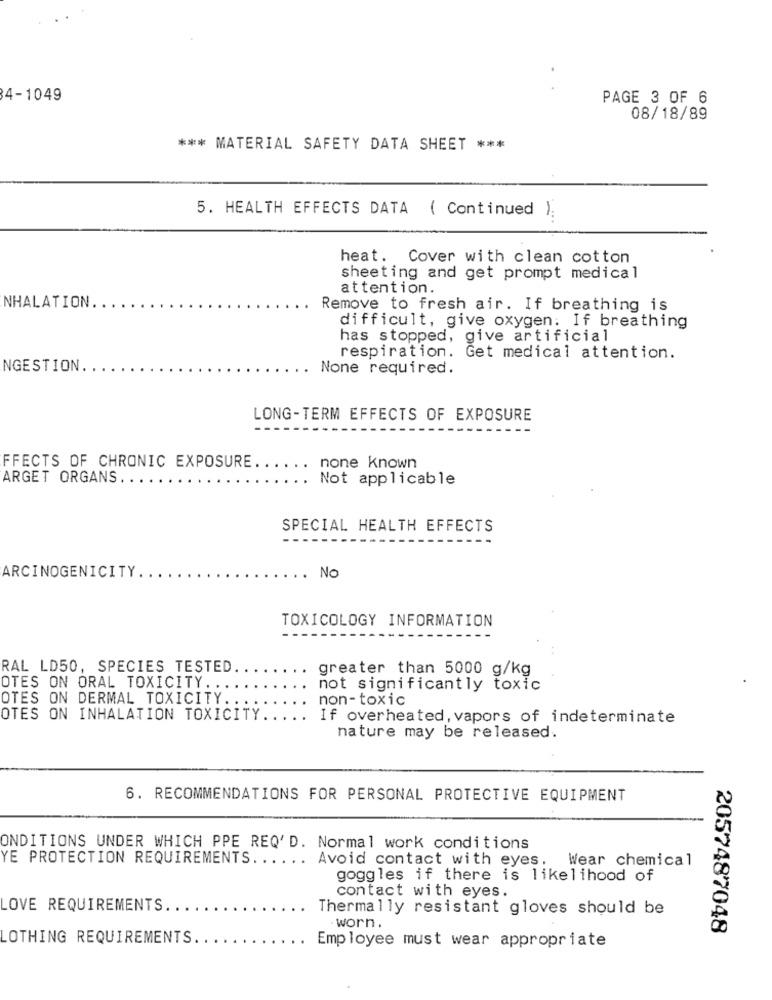
4-1049
PAGE 3 OF 6
08/18/89
*** MATERIAL SAFETY DATA SHEET ***
5. HEALTH EFFECTS DATA ( Continued ).
heat. Cover with clean cotton
sheeting and get prompt medical
attention.
NHALATION.
Remove to fresh air. If breathing is
difficult, give oxygen: If breathing
has stopped, give artificial
respiration. Get medical attention.
NGESTION.
None required.
LONG-TERM EFFECTS OF EXPOSURE
FFECTS OF CHRONIC EXPOSURE.
none known
ARGET ORGANS ....
Not applicable
SPECIAL HEALTH EFFECTS
ARCINOGENICITY ..
No
TOXICOLOGY INFORMATION
RAL LD50, SPECIES TESTED
greater than 5000 g/kg
OTES ON ORAL TOXICITY.
not significantly toxic
OTES ON DERMAL TOXICITY ..
non-toxic
OTES ON INHALATION TOXICITY.
If overheated, vapors of indeterminate
nature may be released.
6. RECOMMENDATIONS FOR PERSONAL PROTECTIVE EQUIPMENT
ONDITIONS UNDER WHICH PPE REQ'D. Normal work conditions
YE PROTECTION REQUIREMENTS ...... Avoid contact with eyes.
Wear chemical
goggles if there is likelihood of
contact with eyes.
LOVE REQUIREMENTS.
Thermally resistant gloves should be
. worn.
2057487048
OTHING REQUIREMENTS. .
Employee must wear appropriate